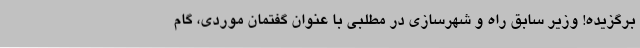
برگزیده! وزیر سابق راه و شهرسازی در مطلبی با عنوان گفتمان موردی، گام